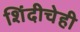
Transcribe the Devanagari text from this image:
शिंदीचेही